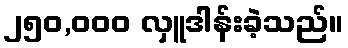
၂၅၀,၀၀၀ လှူဒါန်းခဲ့သည်။